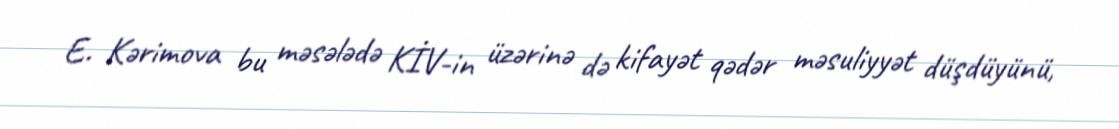
E. Kərimova bu məsələdə KİV-in üzərinə də kifayət qədər məsuliyyət düşdüyünü,